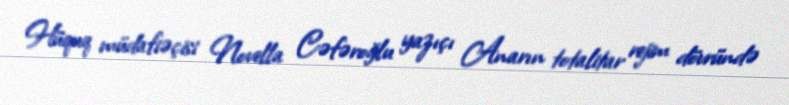
Hüquq müdafiəçisi Novella Cəfəroğlu yazıçı Anarın totalitar rejim dövründə